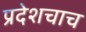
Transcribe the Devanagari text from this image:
प्रदेशचाच